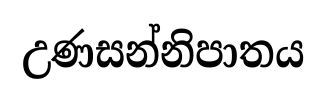
උණසන්නිපාතය